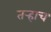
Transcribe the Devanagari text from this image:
तर्‍हाच